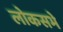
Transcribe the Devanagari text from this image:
लोकसभे